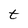
Character: t